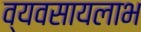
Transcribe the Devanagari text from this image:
व्यवसायलाभ